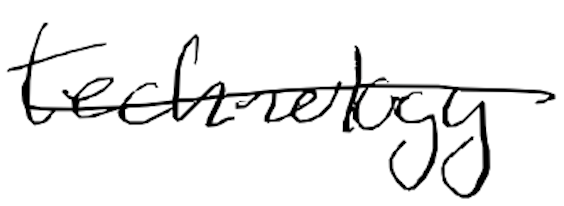
Text: technology
Cross-out: mix
Writing tool: digital_black